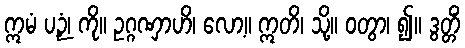
ဣမံ ပဉှံ၊ ကို။ ဥဂ္ဂဏှာဟိ၊ လော့။ ဣတိ၊ သို့။ ဝတွာ၊ ၍။ ဒွတ္တိံ